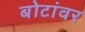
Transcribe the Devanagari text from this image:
बोटांवर